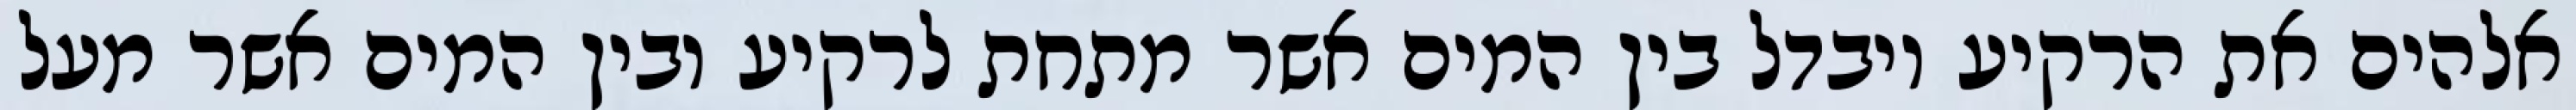
אלהים את הרקיע ויבדל בין המים אשר מתחת לרקיע ובין המים אשר מעל